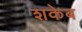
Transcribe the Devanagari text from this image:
शकेब